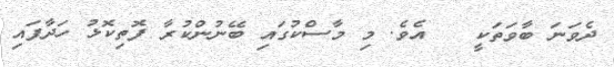
ދެވަނަ ބާވަތަކީ   އެވެ. މި މާސްކުގައި ބޭނުންކުރާ ފޮތިކޮޅު ހަދާފައި